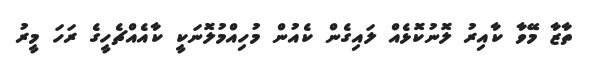
ތާޒާ މޭވާ ކާއިރު ލޮނުކޮޅެއް ލައިގެން ކެއުން މުހިއްމުލޮނަކީ ކާއެއްޗެހީގެ ރަހަ މީރު